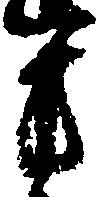
方